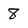
Character: 8